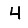
Digit: 4